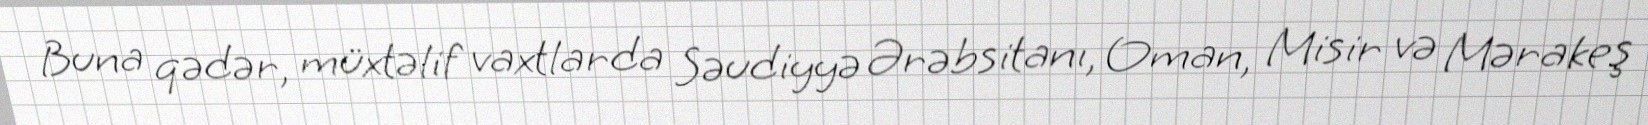
Buna qədər, müxtəlif vaxtlarda Səudiyyə Ərəbsitanı, Oman, Misir və Mərakeş